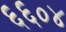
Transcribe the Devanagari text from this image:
६६०४